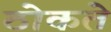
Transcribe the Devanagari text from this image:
ठोकते